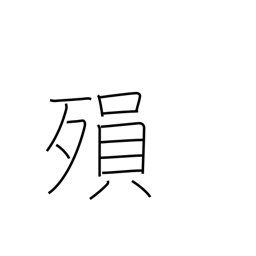
Meaning: die